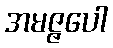
အမဇ္ဇပေါ